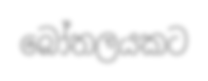
බෝතලයකට